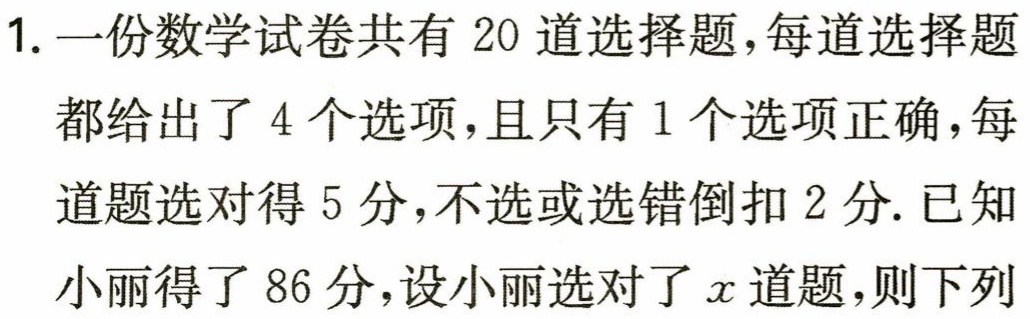
1. 一份数学试卷共有 20 道选择题，每道选择题都给出了 4 个选项，且只有 1 个选项正确，每道题选对得 5 分，不选或选错倒扣 2 分. 已知小丽得了 86 分，设小丽选对了\(x\)道题，则下列